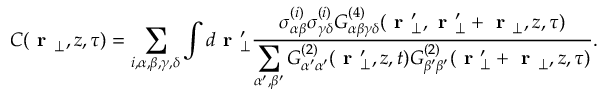
\begin{array} { r } { C ( \textbf { r } _ { \perp } , z , \tau ) = \displaystyle \sum _ { i , \alpha , \beta , \gamma , \delta } \int d \textbf { r } _ { \perp } ^ { \prime } \frac { \sigma _ { \alpha \beta } ^ { ( i ) } \sigma _ { \gamma \delta } ^ { ( i ) } G _ { \alpha \beta \gamma \delta } ^ { ( 4 ) } ( \textbf { r } _ { \perp } ^ { \prime } , \textbf { r } _ { \perp } ^ { \prime } + \textbf { r } _ { \perp } , z , \tau ) } { \displaystyle \sum _ { \alpha ^ { \prime } , \beta ^ { \prime } } G _ { \alpha ^ { \prime } \alpha ^ { \prime } } ^ { ( 2 ) } ( \textbf { r } _ { \perp } ^ { \prime } , z , t ) G _ { \beta ^ { \prime } \beta ^ { \prime } } ^ { ( 2 ) } ( \textbf { r } _ { \perp } ^ { \prime } + \textbf { r } _ { \perp } , z , \tau ) } . } \end{array}